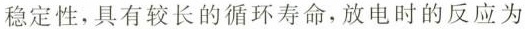
稳定性，具有较长的循环寿命，放电时的反应为